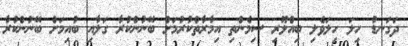
ދަގަނޑު ހިލަ ހިލަވެލި ބިއްލޫރި ސިމެންތި އިމާރާތްކުރުމަށް ބޭނުންކުރާ ގަލާއި ބުއިމަށް ބޭނުންކުރާ